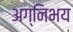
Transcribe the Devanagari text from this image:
अग्निभय